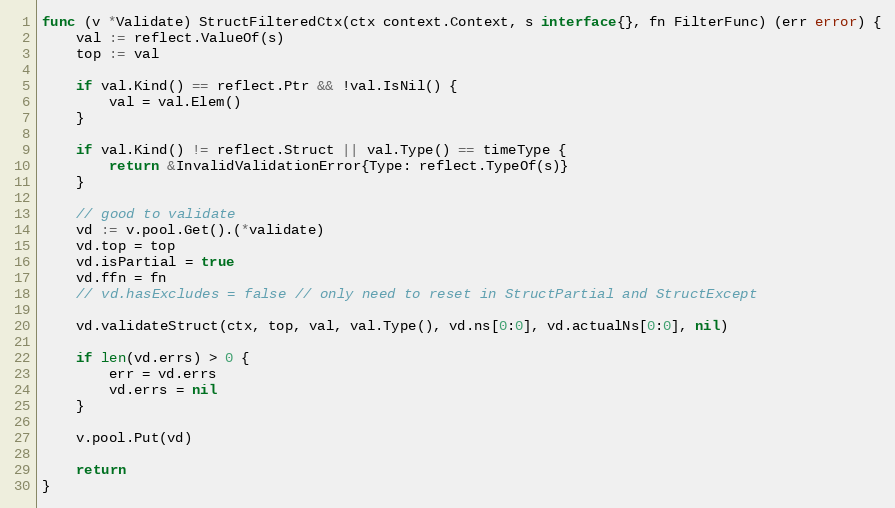
Language: Go
func (v *Validate) StructFilteredCtx(ctx context.Context, s interface{}, fn FilterFunc) (err error) {
	val := reflect.ValueOf(s)
	top := val

	if val.Kind() == reflect.Ptr && !val.IsNil() {
		val = val.Elem()
	}

	if val.Kind() != reflect.Struct || val.Type() == timeType {
		return &InvalidValidationError{Type: reflect.TypeOf(s)}
	}

	// good to validate
	vd := v.pool.Get().(*validate)
	vd.top = top
	vd.isPartial = true
	vd.ffn = fn
	// vd.hasExcludes = false // only need to reset in StructPartial and StructExcept

	vd.validateStruct(ctx, top, val, val.Type(), vd.ns[0:0], vd.actualNs[0:0], nil)

	if len(vd.errs) > 0 {
		err = vd.errs
		vd.errs = nil
	}

	v.pool.Put(vd)

	return
}